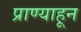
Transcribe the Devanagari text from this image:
प्राण्याहून